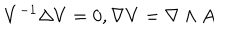
V ^ { - 1 } \Delta V = 0 , \nabla V = \nabla \wedge A